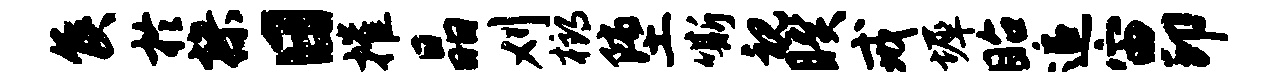
侯於操日摧晶刈榔堕嘶视睽戒墀眙追宙印